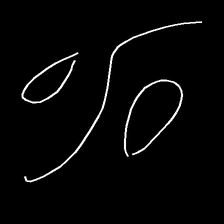
Glyph: water